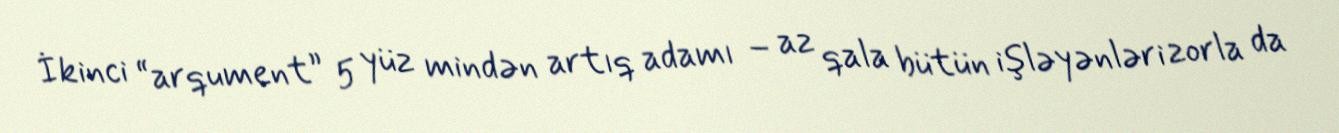
İkinci “arqument” 5 yüz mindən artıq adamı – az qala bütün işləyənləri zorla da